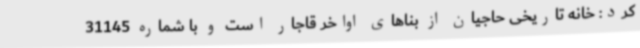
کرد: خانه تاریخی حاجیان از بناهای اواخر قاجار است و با شماره 31145